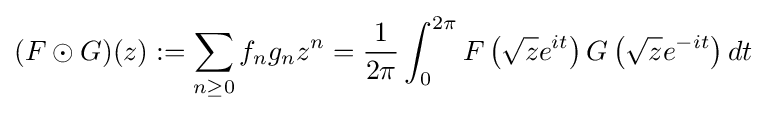
(F\odot G)(z):=\sum _{n\geq 0}f_{n}g_{n}z^{n}={\frac {1}{2\pi }}\int _{0}^{2\pi }F\left({\sqrt {z}}e^{it}\right)G\left({\sqrt {z}}e^{-it}\right)dt